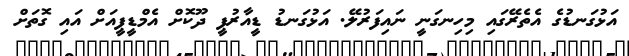
އަޅުގަނޑުގެ އެތެރޭގައި މިހިނގަނީ ނައިފަރުލޭ. އަޅުގަނޑު ޑީއާރުޕީ ދޫކޮށް އެމްޑީޕީއަށް އައި ގޮތަށް